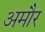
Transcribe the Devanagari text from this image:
अमौर